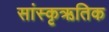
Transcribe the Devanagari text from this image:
सांस्कृऋतिक